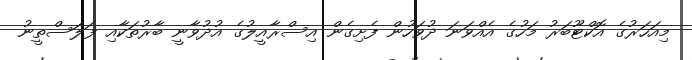
މިއަހަރުގެ އޮކްޓޫބަރު މަހުގެ އެއްވަނަ ދުވަހުން ފެށިގެން އިސްރާއީލުގެ އުދުވާނީ ބާރުތަކާއި ފަލަސްތީނު